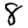
Digit: 8